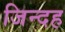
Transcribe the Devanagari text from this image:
जिन्दह